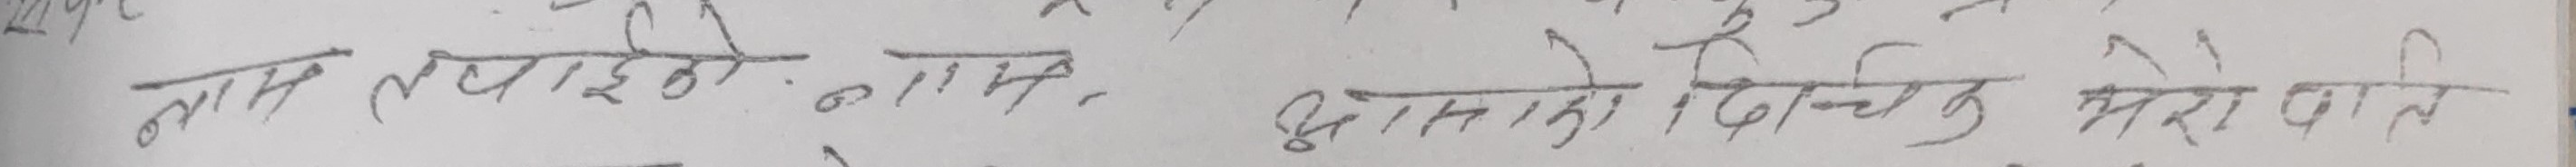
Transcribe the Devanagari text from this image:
नाम तपाईको नाम र हामिको दिदिचेक मेरै जाति